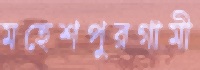
মহেশপুরগামী